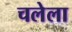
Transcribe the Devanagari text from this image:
चलेला